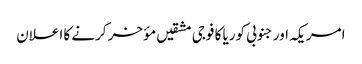
امریکہ اور جنوبی کوریا کا فوجی مشقیں مؤخر کرنے کا اعلان